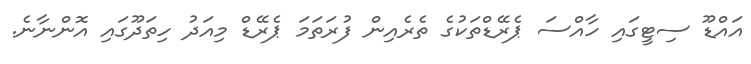
އައްޑޫ ސިޓީގައި ހާއްސަ ޕެރޭޑްތަކުގެ ތެރެއިން ފުރަތަމަ ޕެރޭޑް މިއަދު ހިތަދޫގައި އޮންނާނެ.